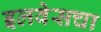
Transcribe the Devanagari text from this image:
इलवेसचा